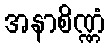
အနာစိဏ္ဏံ